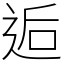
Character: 逅